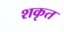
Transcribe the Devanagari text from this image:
शकृत